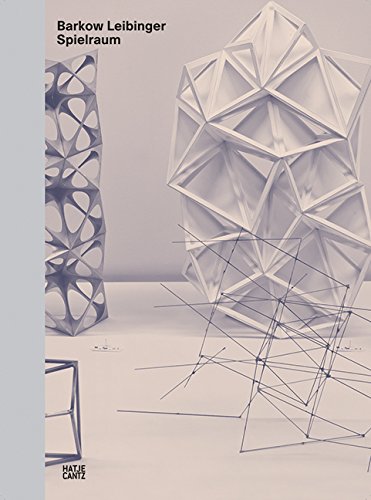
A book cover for Barkow Leibinger; Hal Foster; Arts & Photography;